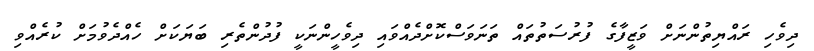
ދިވެހި ރައްޔިތުންނަށް ވަޒީފާގެ ފުރުސަތުތައް ތަނަވަސްކޮށްދެއްވައި ދިވެހީންނަކީ ފުދުންތެރި ބަޔަކަށް ހެއްދެވުމަށް ކުރެއްވި